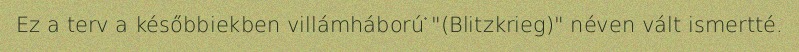
Ez a terv a későbbiekben villámháború "(Blitzkrieg)" néven vált ismertté.